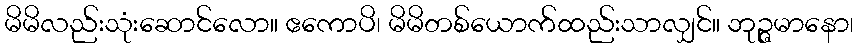
မိမိလည်းသုံးဆောင်လော။ ဧကောပိ၊ မိမိတစ်ယောက်ထည်းသာလျှင်။ ဘုဉ္ဇမာနော၊